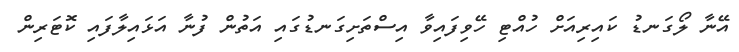
އޭނާ ލޯގަނޑު ކައިރިއަށް ހުއްޓި ހޭވިފައިވާ އިސްތަށިގަނޑުގައި އަތުން ފުނާ އަޅައިލާފައި ކޮޓަރިން